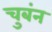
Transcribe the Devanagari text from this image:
चुबंन